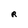
Character: R